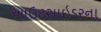
આઉટસાઇડરના